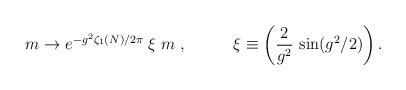
LaTeX: \begin{align*}m\rightarrow e^{-g^2\zeta _1(N)/2\pi }\;\xi \;m\;,\;\;\;\;\;\;\;\;\;\;\xi\equiv \left( \frac 2{g^2}\,\sin (g^2/2)\right) .\end{align*}